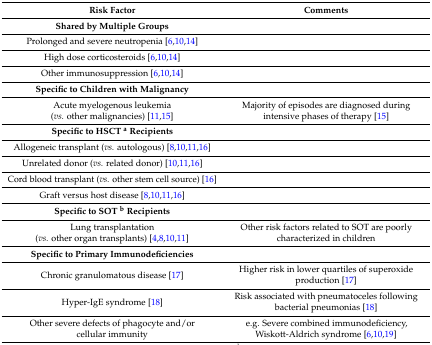
| Risk Factor | Comments |
 | --- | --- |
 | Shared by Multiple Groups |  |
 | Prolonged and severe neutropenia [6,10,14] |  |
 | High dose corticosteroids [6,10,14] |  |
 | Other immunosuppression [6,10,14] |  |
 | Specific to Children with Malignancy |  |
 | Acute myelogenous leukemia (vs. other malignancies) [11,15] | Majority of episodes are diagnosed during intensive phases of therapy [15] |
 | Specific to HSCT a Recipients |  |
 | Allogeneic transplant (vs. autologous) [8,10,11,16] |  |
 | Unrelated donor (vs. related donor) [10,11,16] |  |
 | Cord blood transplant (vs. other stem cell source) [16] |  |
 | Graft versus host disease [8,10,11,16] |  |
 | Specific to SOT b Recipients |  |
 | Lung transplantation (vs. other organ transplants) [4,8,10,11] | Other risk factors related to SOT are poorly characterized in children |
 | Specific to Primary Immunodeficiencies |  |
 | Chronic granulomatous disease [17] | Higher risk in lower quartiles of superoxide production [17] |
 | Hyper-IgE syndrome [18] | Risk associated with pneumatoceles following bacterial pneumonias [18] |
 | Other severe defects of phagocyte and/or cellular immunity | e.g. Severe combined immunodeficiency, Wiskott-Aldrich syndrome [6,10,19] |